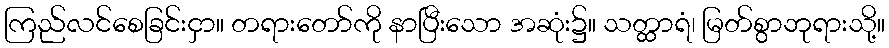
ကြည်လင်စေခြင်းငှာ။ တရားတော်ကို နာပြီးသော အဆုံး၌။ သတ္ထာရံ၊ မြတ်စွာဘုရားသို့။